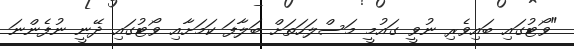
"ވޯޓުގައި ބައިވެރި ނުވީ ގައުމީ މަސްލަހަތަށް ބަލާފަ ކަމަށާއި ވޯޓުގައި ދޭނީ ނުފެންނަ